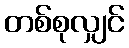
တစ်စုလျှင်